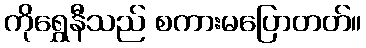
ကိုရွှေနီသည် စကားမပြောတတ်။